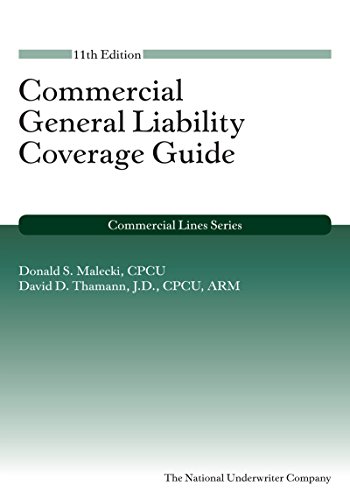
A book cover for Commercial General Liability Coverage Guide, 11th Edition; Donald S. Malecki; Business & Money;